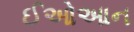
ઈઓઆન